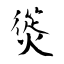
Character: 熧